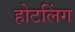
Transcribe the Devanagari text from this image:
होटलिंग